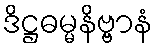
ဒိဋ္ဌဓမ္မနိဗ္ဗာနံ